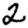
Digit: 2